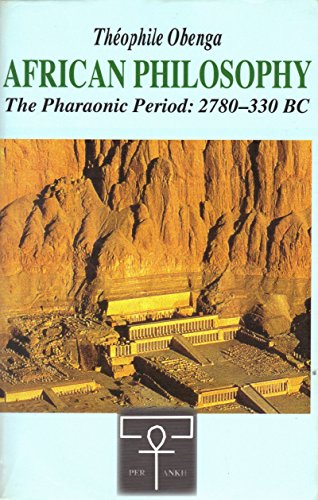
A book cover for African Philosophy : The Pharaonic Period : 2780 - 330 BC -; Theophile Obenga; History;